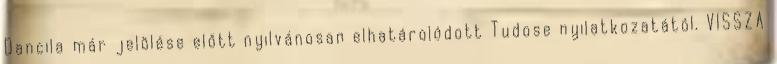
Dancila már jelölése előtt nyilvánosan elhatárolódott Tudose nyilatkozatától. VISSZA